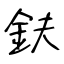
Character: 鈇